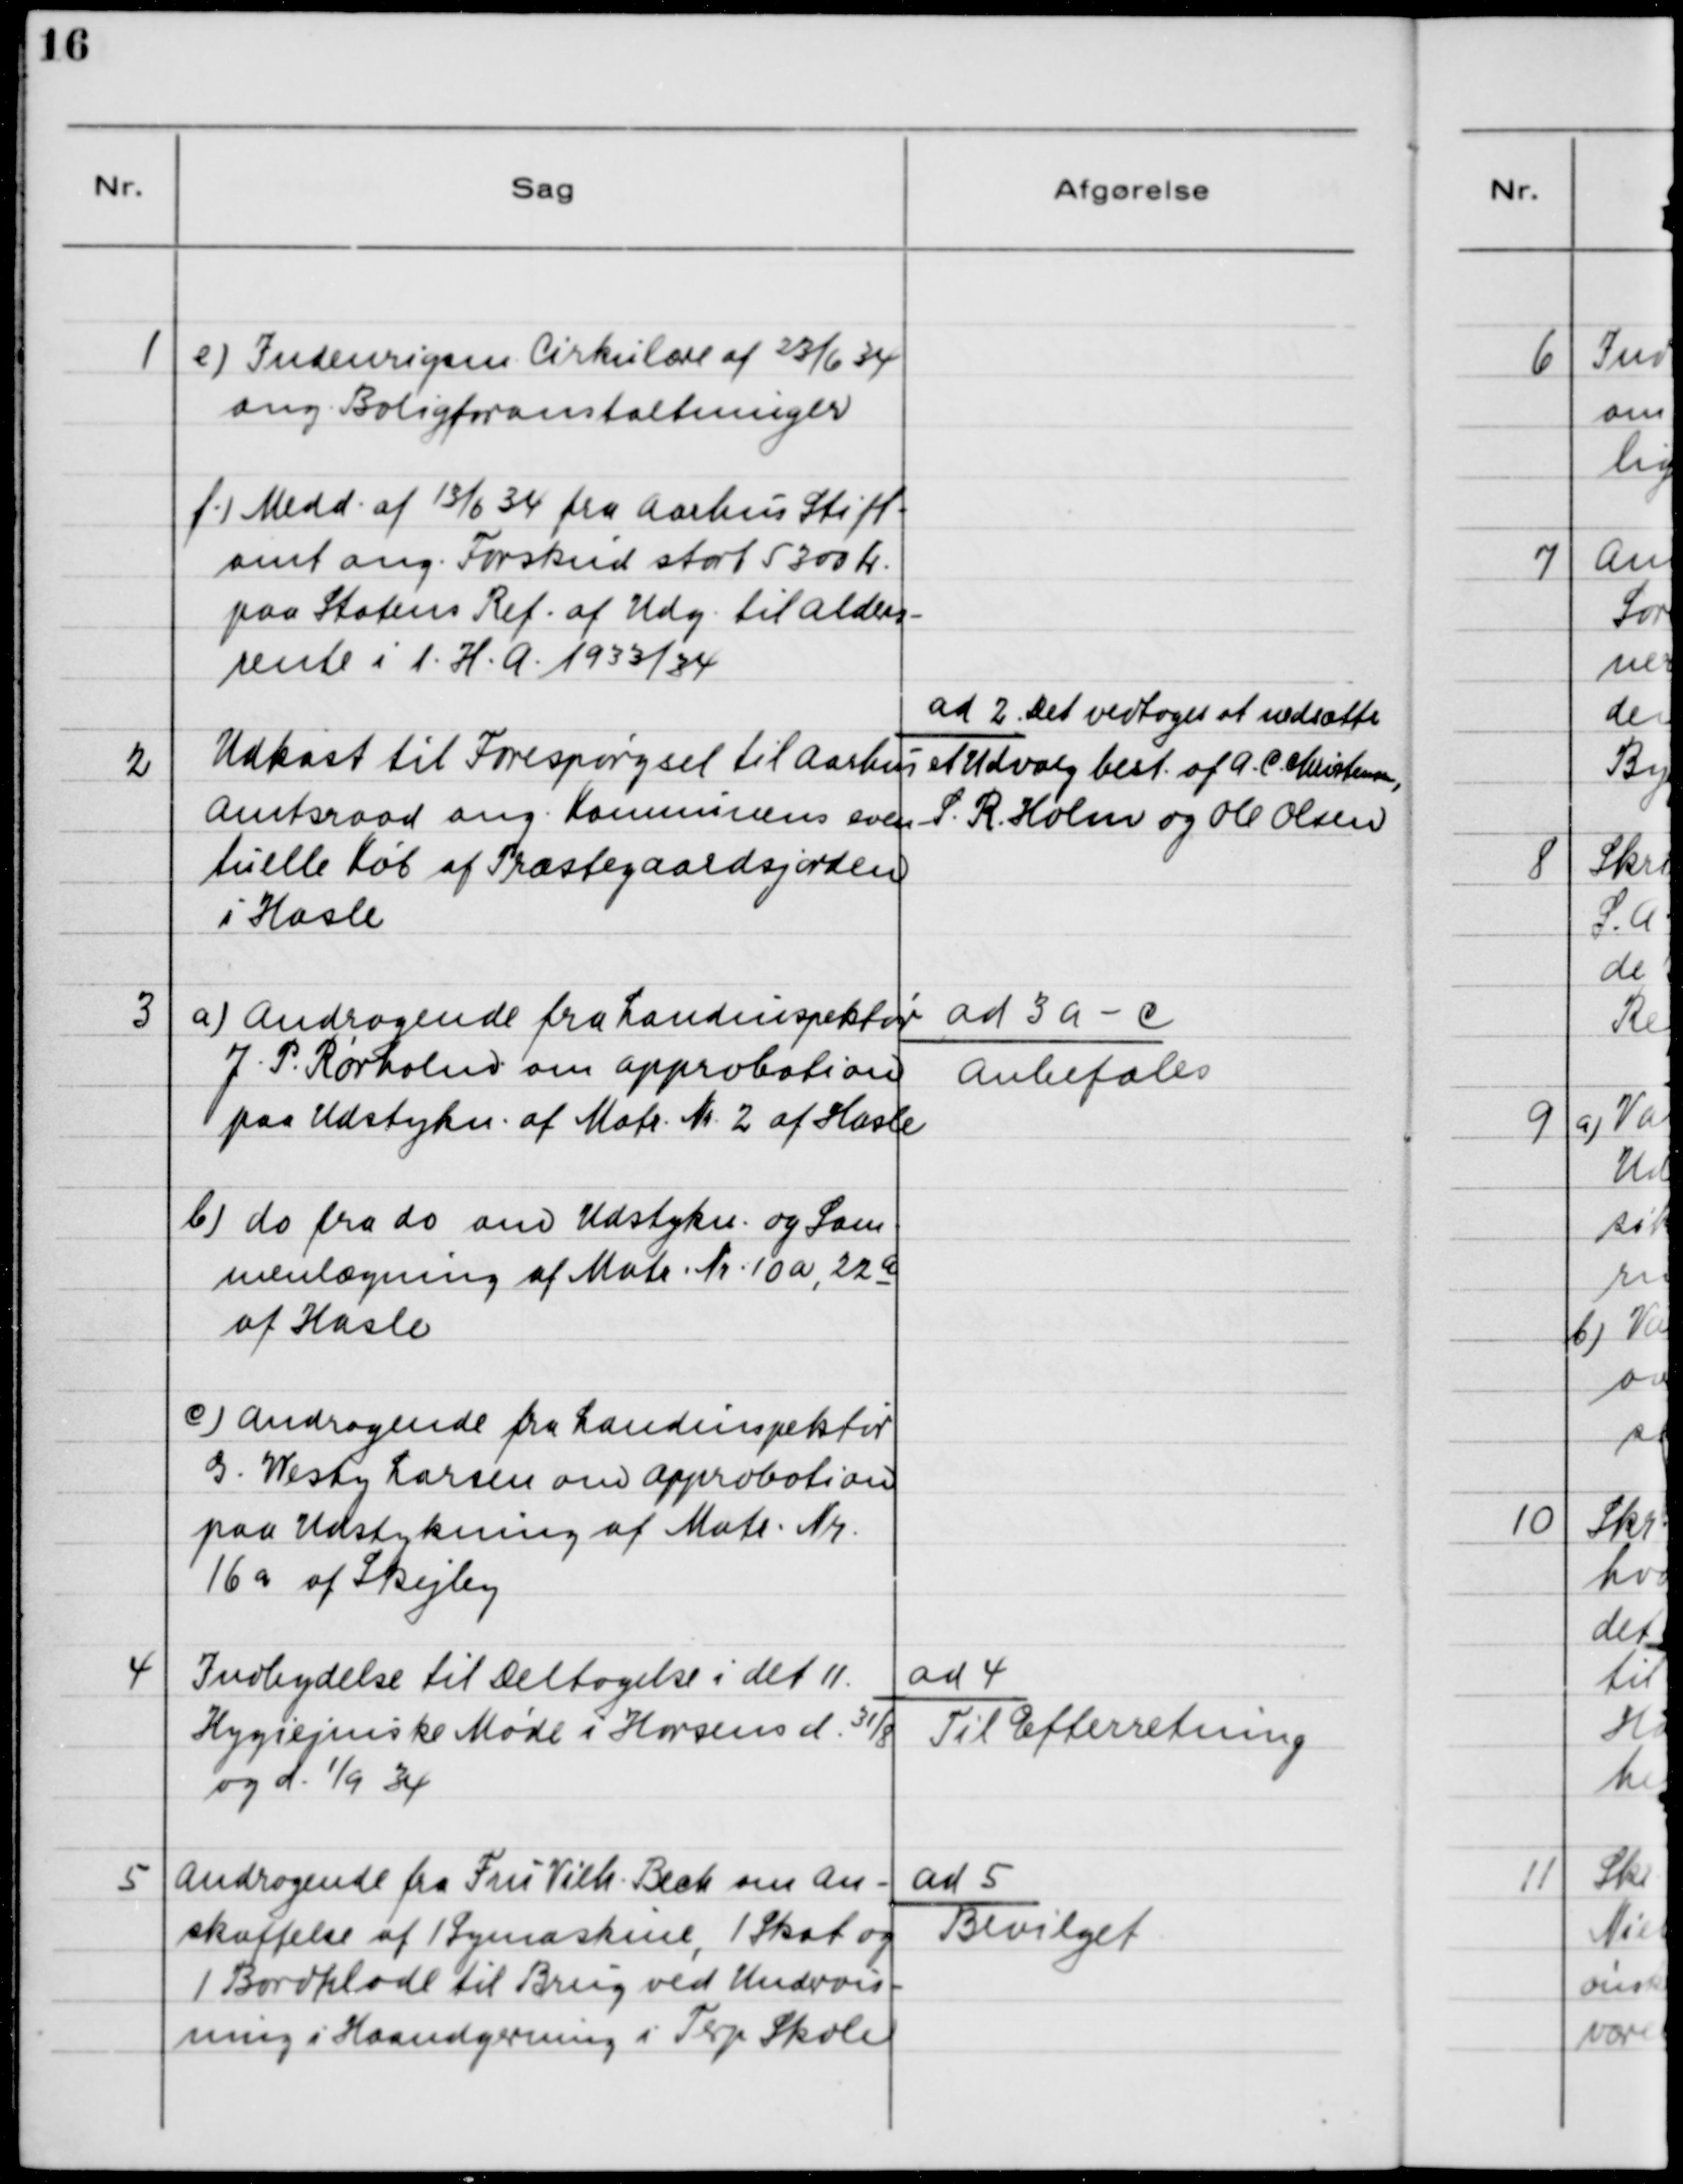
Transskription:
1

e) Indenrigsm. Cirkulære af 23/6 34
ang. Boligforanstaltninger
f) Medd. af 13/6 34 fra Aarhus Stift-
amt ang. Forskud stort 5300 Kr.
paa Statens Ref. af Udg. til Alders-
rente i l.H.A. 1933/34

2

Udkast til Forespørgsel til Aarhus
Amtsraad ang. Kommunens even-
tuelle Køb af Præstegaardsjorden
i Hasle

ad 2. Det vedtoges at nedsætte
et Udvalg best. af A. C. Christensen,
S. R. Holm og Ole Olsen

3

a) Andragende fra Landinspektør
J. P. Rørholm om Approbation
paa Udstykn. af Matr. Nr. 2 af Hasle
b) do. fra do. om Udstykn. og Sam-
menlægning af Matr. Nr. 10a, 22a
af Hasle 
c) Andragende fra Landinspektør
G. Westy Larsen om Approbation 
paa Udstykning af Matr. Nr.
16a af Skejby

ad 3 a - c
Anbefales

4

Indbydelse til Deltagelse i det 11.
Hygiejniske Møde i Horsens d. 31/8
og 1/9 34

ad 4.
Til Efterretning

5

Andragende fra Fru Vilh. Bech om An-
skaffelse af 1 Symaskine, 1 Skab og
1 Bordplade til Brug ved Undervis-
ning i Haandgerning i Terp Skole

ad 5.
Bevilget